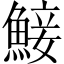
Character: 鯜